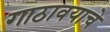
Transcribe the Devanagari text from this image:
गाठावयाचे